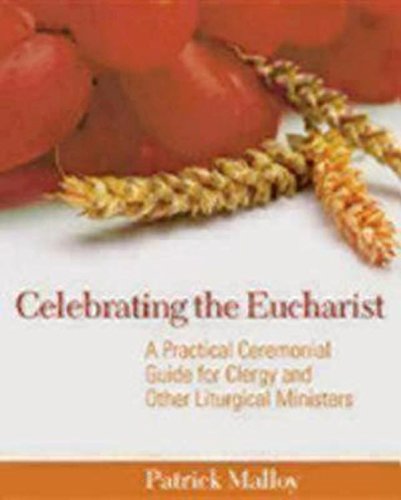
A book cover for Celebrating the Eucharist: A Practical Ceremonial Guide for Clergy and Other Liturgical Ministers; Patrick Malloy; Christian Books & Bibles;